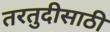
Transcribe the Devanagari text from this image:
तरतुदीसाठी